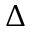
\Delta